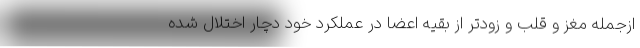
ازجمله مغز و قلب و زودتر از بقیه اعضا در عملکرد خود دچار اختلال شده